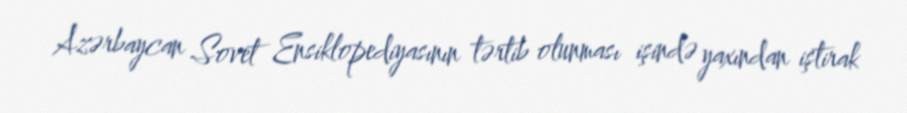
Azərbaycan Sovet Ensiklopediyasının tərtib olunması işində yaxından iştirak